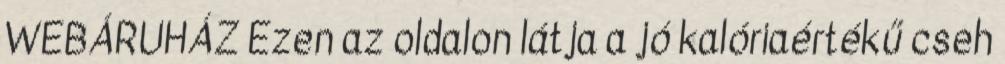
WEBÁRUHÁZ Ezen az oldalon látja a jó kalóriaértékű cseh